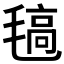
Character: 𣯖